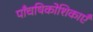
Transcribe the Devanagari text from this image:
पाँचषिकोशिकाएँ